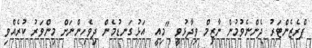
ޕްރެޒެންޓަރު ދެންނެވުމުން ނާޒިމް ވިދާޅުވީ "މިއީ  އަޅުގަނޑުމެން ދިވެހިންނަށް މިންވަރު ކުރެއްވި